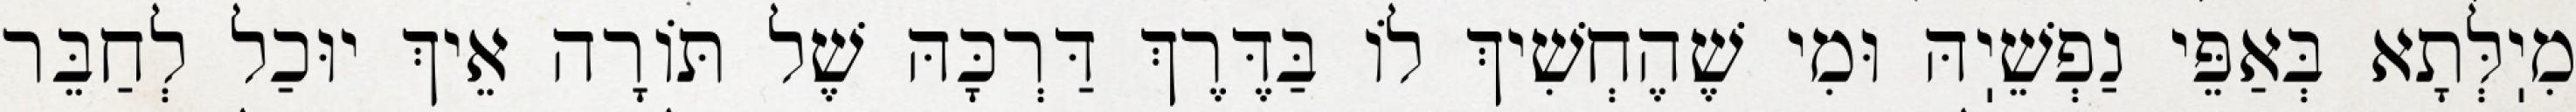
מִיֽלְּתָא בְּאַפֵּי נַפְשֵׁיֽהּ וּמִי שֶׁהֶחְשִׁיךְ לוֹ בַּדֶּרֶךְ דַּרְכָּהּ שֶׁל תּוֹרָה אֵיךְ יוּכַל לְחַבֵּר